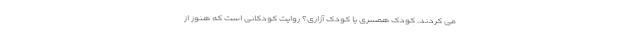
می کردند. کودک همسری یا کودک آزاری؟ روایت کودکانی است که هنوز از